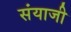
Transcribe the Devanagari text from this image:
संयाजी